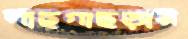
গাছগাছড়ার